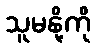
သူမနို့ကို